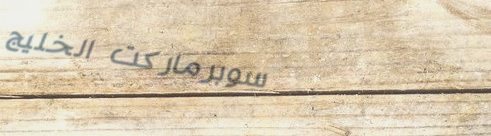
سوبرماركت الخليج